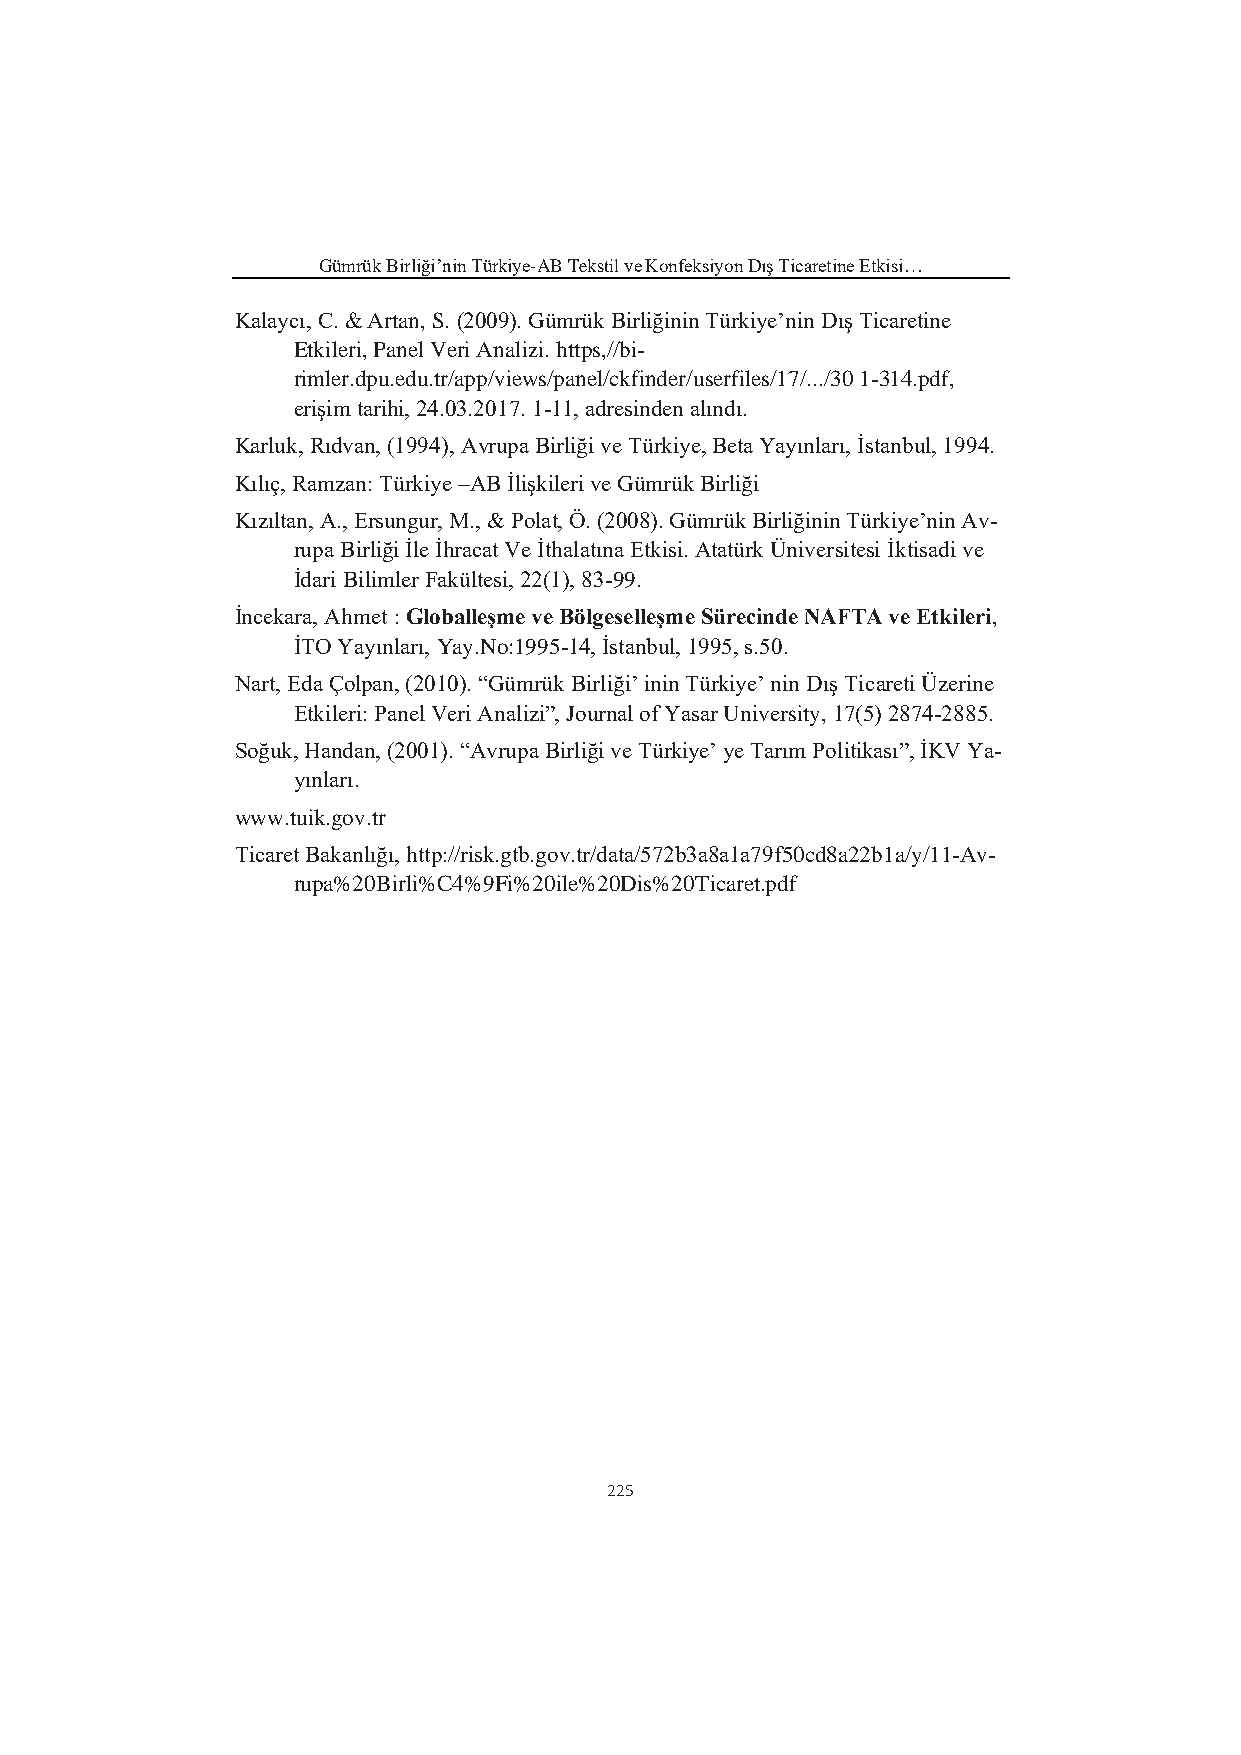
Gümrük Birliği’nin Türkiye-AB Tekstil ve Konfeksiyon Dış Ticaretine Etkisi…
 Kalaycı, C. & Artan, S. (2009). Gümrük Birliğinin Türkiye’nin Dış Ticaretine
 Etkileri, Panel Veri Analizi. https,//bi-
 rimler.dpu.edu.tr/app/views/panel/ckfinder/userfiles/17/.../30 1-314.pdf,
 erişim tarihi, 24.03.2017. 1-11, adresinden alındı.
 Karluk, Rıdvan, (1994), Avrupa Birliği ve Türkiye, Beta Yayınları, İstanbul, 1994.
 Kılıç, Ramzan: Türkiye –AB İlişkileri ve Gümrük Birliği
 Kızıltan, A., Ersungur, M., & Polat, Ö. (2008). Gümrük Birliğinin Türkiye’nin Av-
 rupa Birliği İle İhracat Ve İthalatına Etkisi. Atatürk Üniversitesi İktisadi ve
 İdari Bilimler Fakültesi, 22(1), 83-99.
 İncekara, Ahmet : Globalleşme ve Bölgeselleşme Sürecinde NAFTA ve Etkileri,
 İTO Yayınları, Yay.No:1995-14, İstanbul, 1995, s.50.
 Nart, Eda Çolpan, (2010). “Gümrük Birliği’ inin Türkiye’ nin Dış Ticareti Üzerine
 Etkileri: Panel Veri Analizi”, Journal of Yasar University, 17(5) 2874‐2885.
 Soğuk, Handan, (2001). “Avrupa Birliği ve Türkiye’ ye Tarım Politikası”, İKV Ya-
 yınları.
 www.tuik.gov.tr
 Ticaret Bakanlığı, http://risk.gtb.gov.tr/data/572b3a8a1a79f50cd8a22b1a/y/11-Av-
 rupa%20Birli%C4%9Fi%20ile%20Dis%20Ticaret.pdf
 225